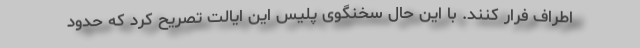
اطراف فرار کنند. با این حال سخنگوی پلیس این ایالت تصریح کرد که حدود